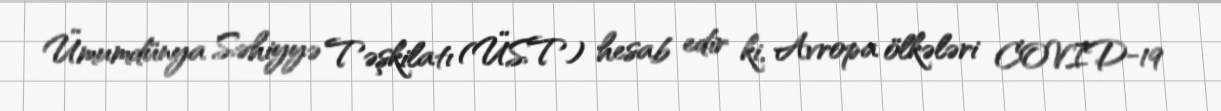
Ümumdünya Səhiyyə Təşkilatı (ÜST) hesab edir ki, Avropa ölkələri COVID-19